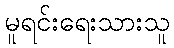
မူရင်းရေးသားသူ